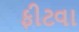
ફીટવા